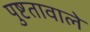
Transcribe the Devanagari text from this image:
पुष्टतावाले